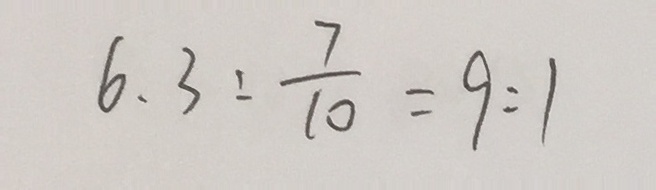
6 . 3 : \frac { 7 } { 1 0 } = 9 : 1